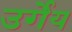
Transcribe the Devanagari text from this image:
उर्गेय